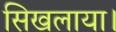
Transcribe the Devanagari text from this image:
सिखलाया।